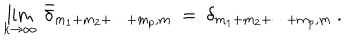
LaTeX: \lim _ { k \rightarrow \infty } ~ { \bar { \delta } } _ { m _ { 1 } + m _ { 2 } + \cdots + m _ { p } , m } ~ = ~ \delta _ { m _ { 1 } + m _ { 2 } + \cdots + m _ { p } , m } ~ .